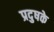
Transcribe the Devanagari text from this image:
प्रदुषके